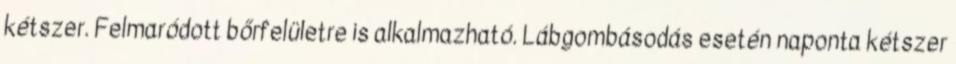
kétszer. Felmaródott bőrfelületre is alkalmazható. Lábgombásodás esetén naponta kétszer